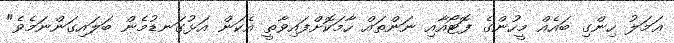
ޢަމަލު ހިންގި ބައެއް މީހުންގެ ފޮޓޯއާއި ނަންތައް ހާމަކޮށްފައިވާތީ އެކަން އަޅުގަނޑުމެން ބަލައިގަންނަމެވެ"